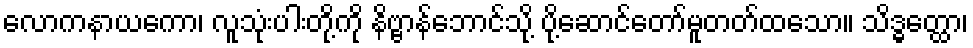
လောကနာယကော၊ လူသုံးပါးတို့ကို နိဗ္ဗာန်ဘောင်သို့ ပို့ဆောင်တော်မူတတ်ထသော။ သိဒ္ဓတ္ထော၊